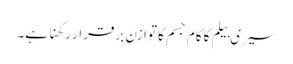
سیری بیلم کا کام جسم کا توازن برقرار رکھنا ہے۔